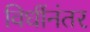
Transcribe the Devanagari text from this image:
विधींनंतर